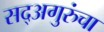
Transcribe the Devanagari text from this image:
सद्‍अगुरुंचा